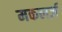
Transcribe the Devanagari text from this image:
मकलर्ज़